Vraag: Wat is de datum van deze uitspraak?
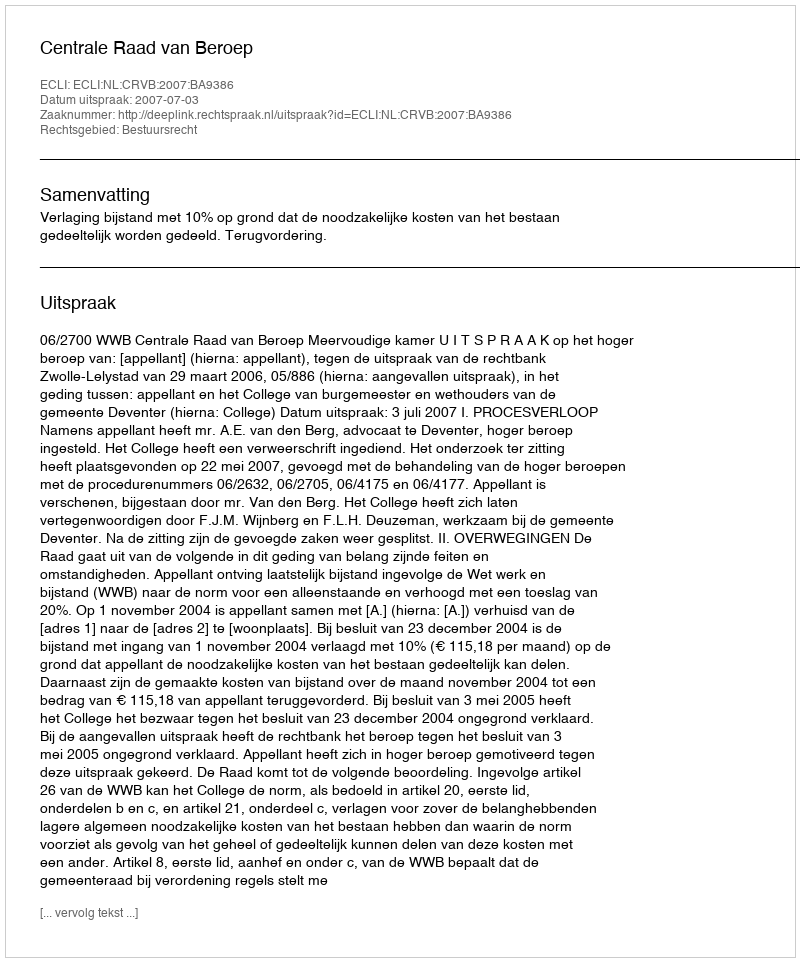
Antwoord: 2007-07-03